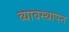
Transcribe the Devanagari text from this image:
व्यावस्थापन